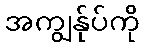
အကျွန်ုပ်ကို